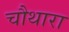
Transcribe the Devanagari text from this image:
चौथारा